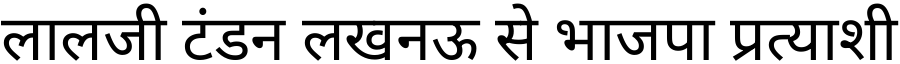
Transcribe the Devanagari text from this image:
लालजी टंडन लखनऊ से भाजपा प्रत्याशी